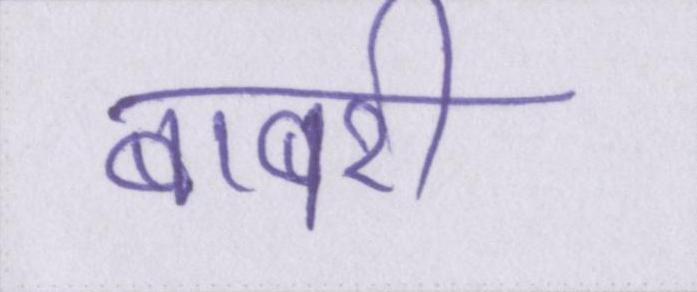
बाबरी